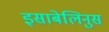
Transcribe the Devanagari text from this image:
इसाबेलिनुस